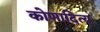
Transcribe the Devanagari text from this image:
कोणादित्य